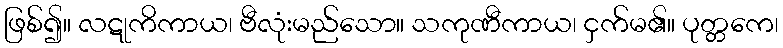
ဖြစ်၍။ လဋုကိကာယ၊ ဗီလုံးမည်သော။ သကုဏီကာယ၊ ငှက်မ၏။ ပုတ္တကေ၊